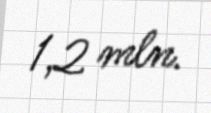
1,2 mln.